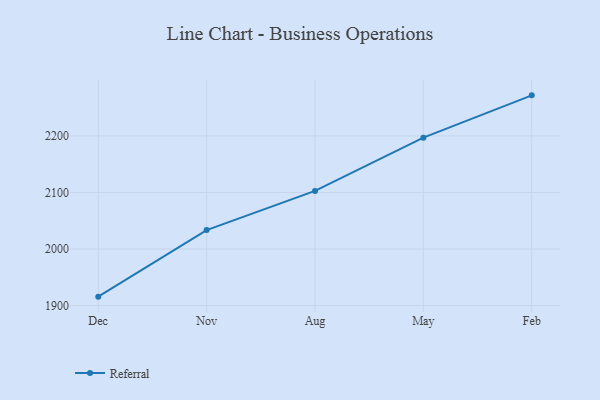
{"axis": {"x": "Month", "y": "Energy Usage (MWh)"}, "legend": ["Referral"], "data": [{"x": "Dec", "y": 1915.8, "type": "Referral"}, {"x": "Nov", "y": 2033.5, "type": "Referral"}, {"x": "Aug", "y": 2102.8, "type": "Referral"}, {"x": "May", "y": 2197.0, "type": "Referral"}, {"x": "Feb", "y": 2271.8, "type": "Referral"}]}